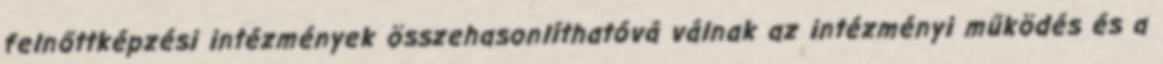
felnőttképzési intézmények összehasonlíthatóvá válnak az intézményi működés és a